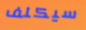
سيكلف